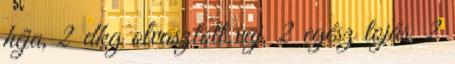
héja, 2 dkg olvasztott vaj, 2 egész tojás, 2